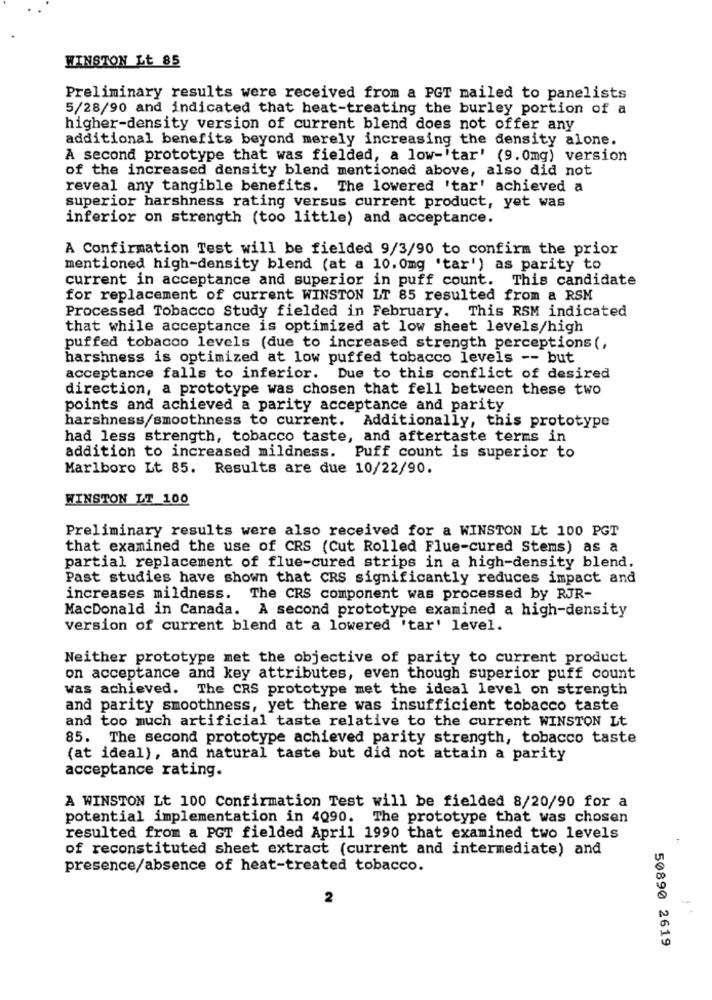
WINSTON Lt 85
Preliminary results were received from a PGT mailed to panelists
5/28/90 and indicated that heat-treating the burley portion of a
higher-density version of current blend does not offer any
additional benefits beyond merely increasing the density alone.
A second prototype that was fielded, a low-"tar' (9.0mg) version
of the increased density blend mentioned above, also did not
reveal any tangible benefits.
The lowered 'tar' achieved a
superior harshness rating versus current product, yet was
inferior on strength (too little) and acceptance.
A Confirmation Test will be fielded 9/3/90 to confirm the prior
mentioned high-density blend (at a 10. 0mg 'tar') as parity to
current in acceptance and superior in puff count. This candidate
for replacement of current WINSTON LT 85 resulted from a RSM
Processed Tobacco Study fielded in February. This RSM indicated
that while acceptance is optimized at low sheet levels/high
puffed tobacco levels (due to increased strength perceptions (,
harshness is optimized at low puffed tobacco levels -- but
acceptance falls to inferior.
Due to this conflict of desired
direction, a prototype was chosen that fell between these two
points and achieved a parity acceptance and parity
harshness/smoothness to current. Additionally, this prototype
had less strength, tobacco taste, and aftertaste terms in
addition to increased mildness. Puff count is superior to
Marlboro Lt 85. Results are due 10/22/90.
WINSTON LT 100
Preliminary results were also received for a WINSTON Lt 100 PGT
that examined the use of CRS (Cut Rolled Flue-cured Stems) as a
partial replacement of flue-cured strips in a high-density blend.
Past studies have shown that CRS significantly reduces impact and
increases mildness. The CRS component was processed by RJR-
MacDonald in Canada. A second prototype examined a high-density
version of current blend at a lowered 'tar' level.
Neither prototype met the objective of parity to current product
on acceptance and key attributes, even though superior puff count
was achieved. The CRS prototype met the ideal level on strength
and parity smoothness, yet there was insufficient tobacco taste
and too much artificial taste relative to the current WINSTON Lt
85. The second prototype achieved parity strength, tobacco taste
(at ideal), and natural taste but did not attain a parity
acceptance rating.
A WINSTON Lt 100 Confirmation Test will be fielded 8/20/90 for a
potential implementation in 4Q90. The prototype that was chosen
resulted from a PGT fielded April 1990 that examined two levels
of reconstituted sheet extract (current and intermediate) and
presence/absence of heat-treated tobacco.
2
-
50890 2619